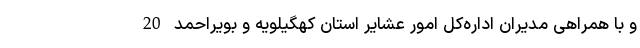
و با همراهی مدیران اداره‌کل امور عشایر استان کهگیلویه و بویراحمد 20